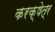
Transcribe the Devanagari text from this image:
करक्षेत्र